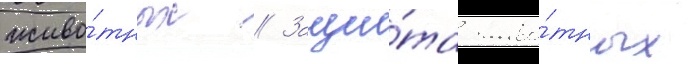
живо́тных // Защи́та живо́тных